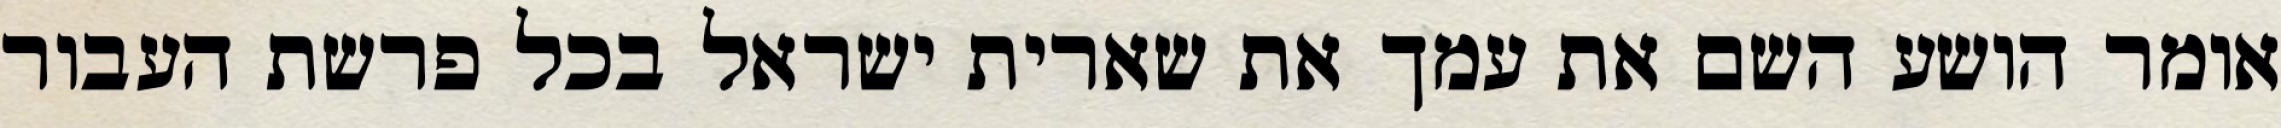
אומר הושע השם את עמך את שארית ישראל בכל פרשת העבור